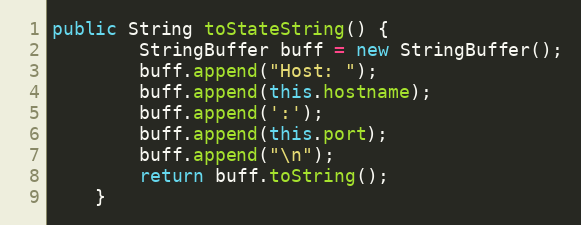
Language: Java
public String toStateString() {
        StringBuffer buff = new StringBuffer();
        buff.append("Host: ");
        buff.append(this.hostname);
        buff.append(':');
        buff.append(this.port);
        buff.append("\n");
        return buff.toString();
    }